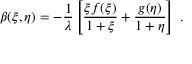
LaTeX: \beta ( \xi , \eta ) = - { \frac { 1 } { \lambda } } \left[ { \frac { \xi f ( \xi ) } { 1 + \xi } } + { \frac { g ( \eta ) } { 1 + \eta } } \right] \; .